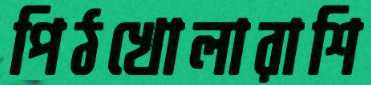
পিঠখোলারাশি